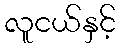
လူငယ်နှင့်